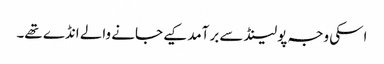
اسکی وجہ پولینڈ سے برآمد کیے جانے والے انڈے تھے۔